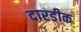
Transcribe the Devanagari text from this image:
दारडीक